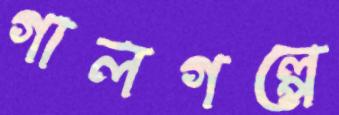
গালগল্পে